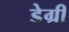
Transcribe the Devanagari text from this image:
डेग्री